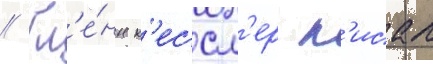
// Гл'е́нн к'ессл'ер п'исал